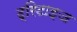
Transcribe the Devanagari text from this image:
ट्रिटाइज